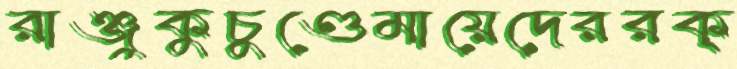
রাঞ্জুকুচুণ্ডেমায়েদেররক্